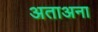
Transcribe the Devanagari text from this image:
अताअना